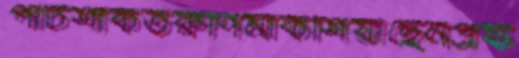
পাটশাকতরুণিমাকশিয়াছেনপ্রফ